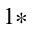
^ { 1 \ast }